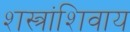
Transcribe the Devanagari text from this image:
शस्त्रांशिवाय